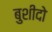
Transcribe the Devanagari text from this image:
बुशीदो